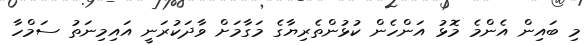
މި ބައިން އެންމެ މޮޅު އަންހެން ކުޅުންތެރިޔާގެ މަގާމަށް ވާދަކުރަނީ އައިމިނަތު ސަމްހާ